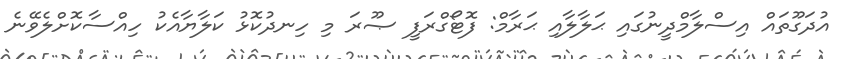
އުދަގޫތައް އިސްލާމްދީނުގައި ޙަލާލާއި ޙަރާމް: ފޮޓޯގްރަފީ ޞޫރަ މި ހިނދުކޮޅު ކަލާޔާއެކު ހިއްސާކޮށްލެވޭނެ